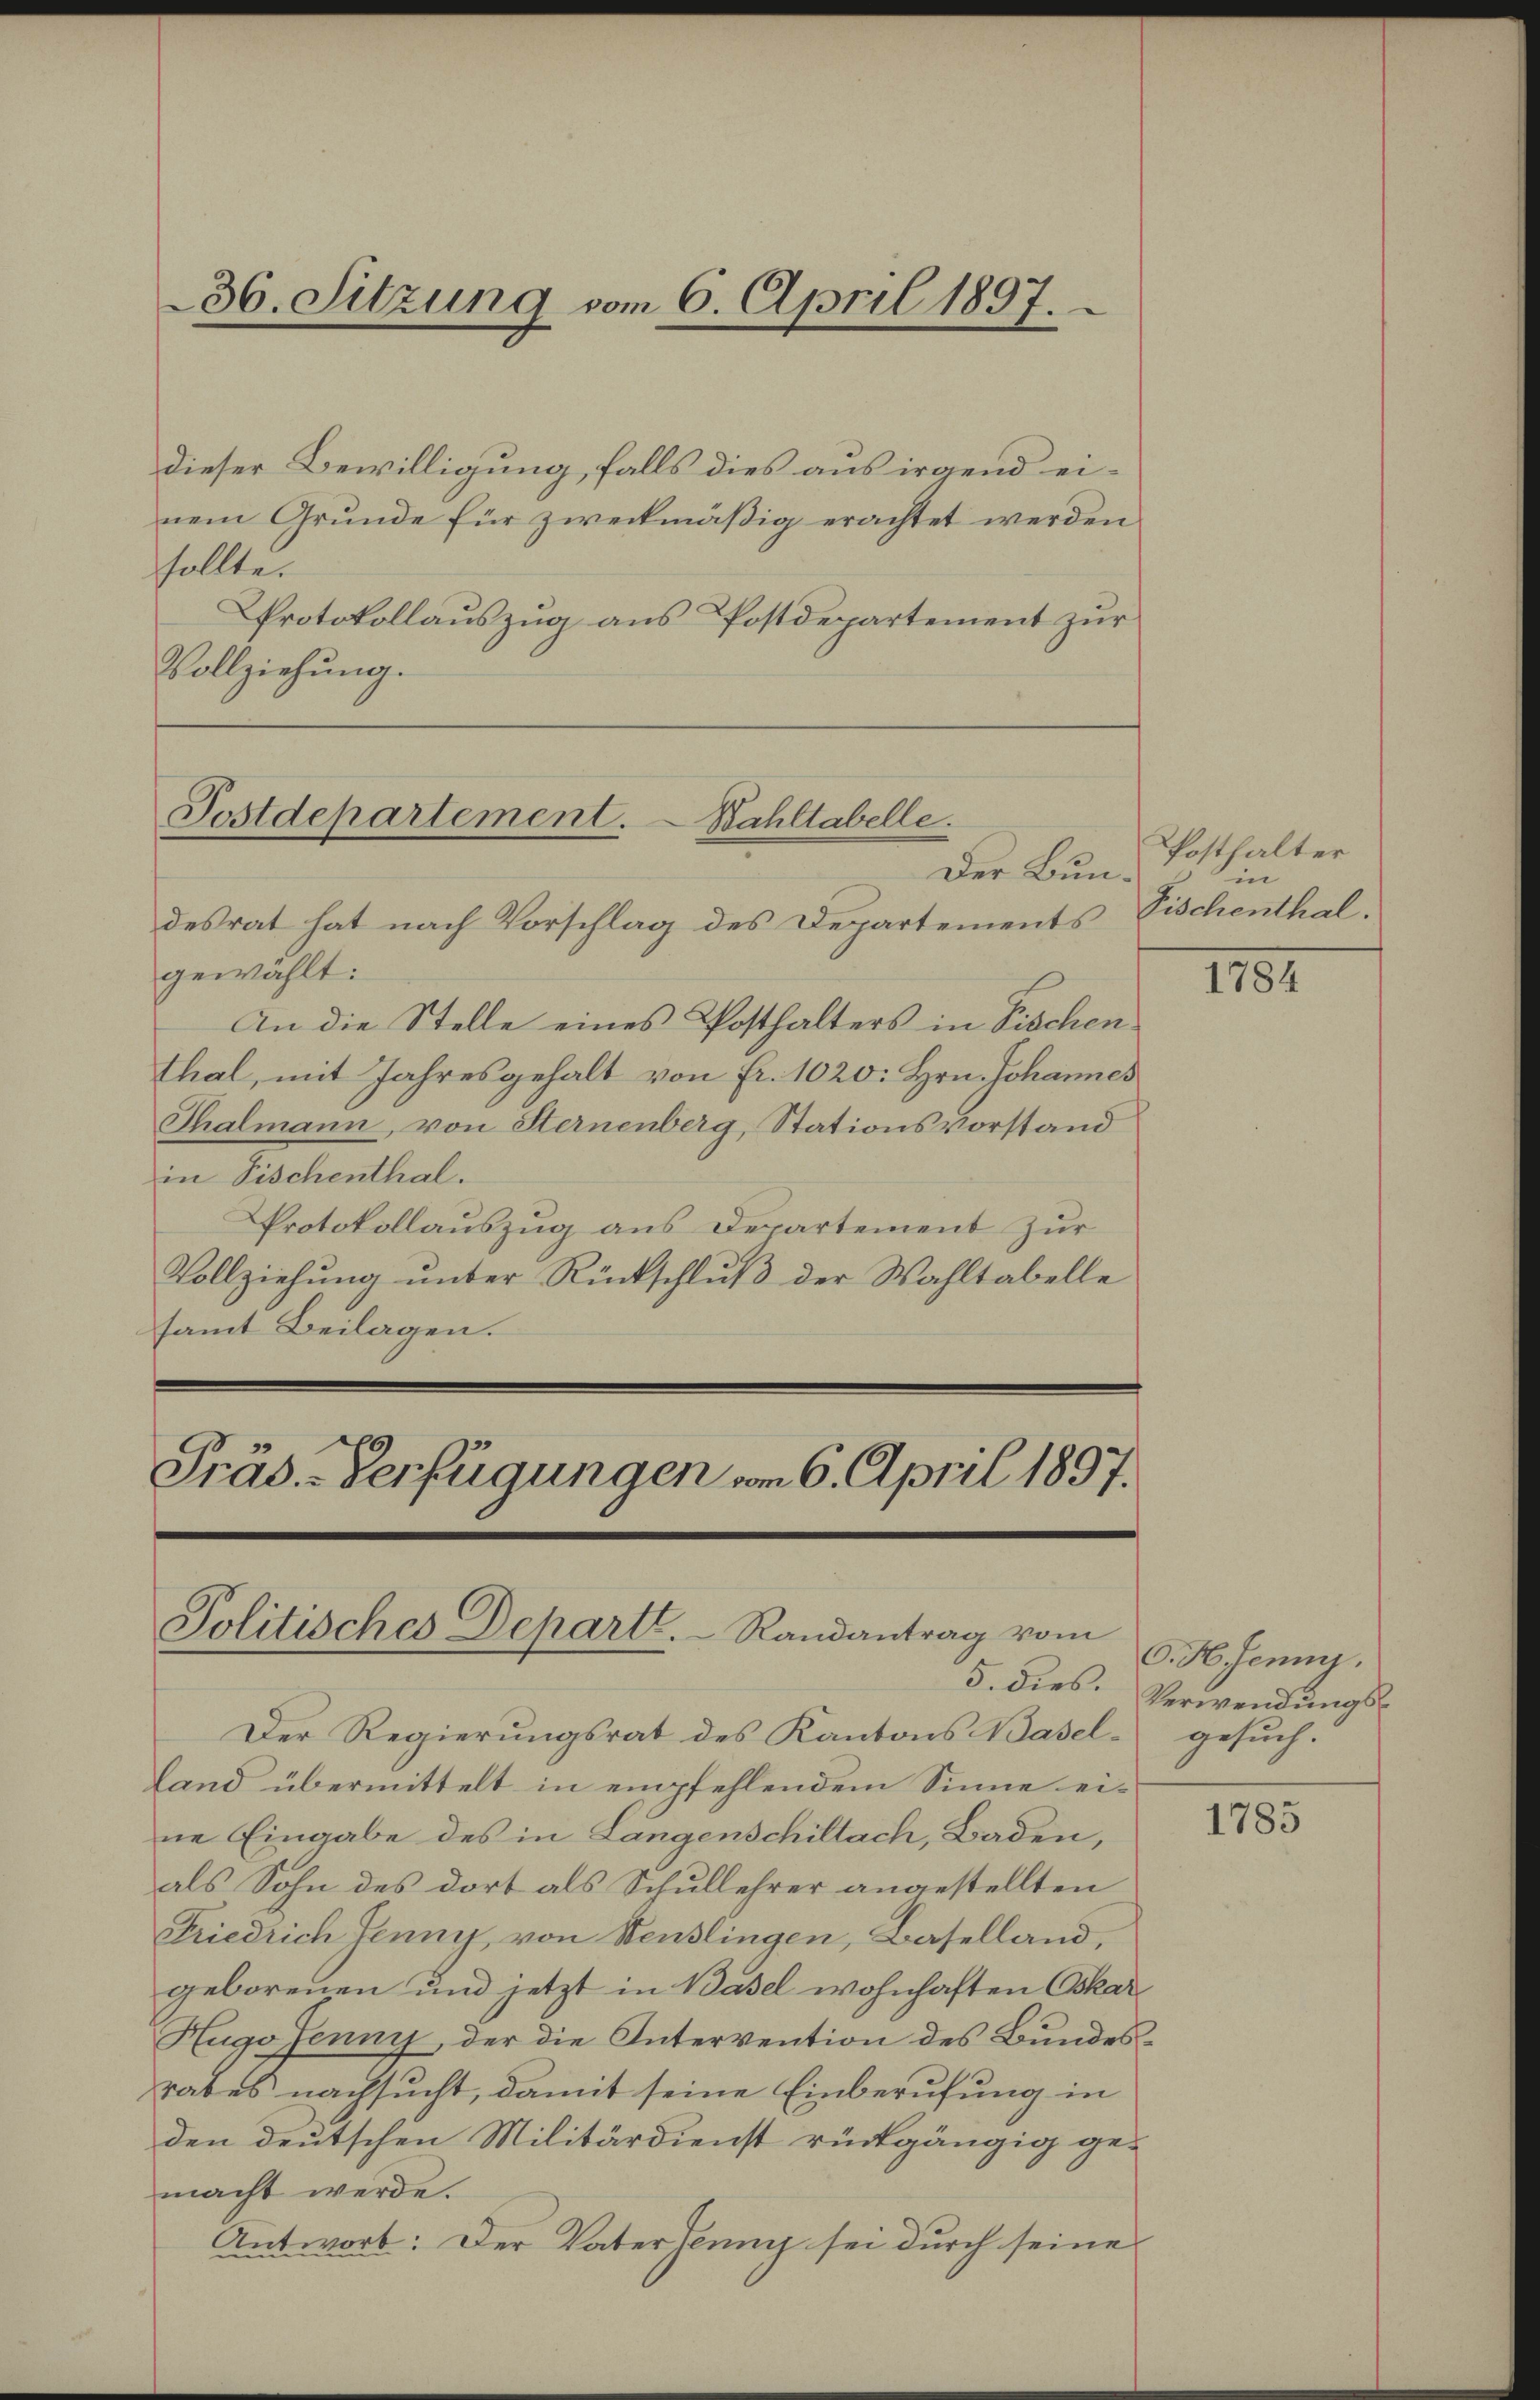
36. Sitzung vom 6. April 1897.

dieser Bewilligung falls dies aus irgend einem Grunde für zweckmäßig erachtet werden
sollte.
Protokollauszug aus Postdepartement zur
Vollziehung.

Postdepartement.
Bahltabelle.
Der Bun¬

Politisches Departe.   Randantrag vom

desrat hat nach Vorschlag des Departements Fischenthal.
gewählt:
An die Stelle eines Posthalters in Fischen.
Thal, mit Jahresgehalt von fr. 1020. Hrn. Johannes
Thalmann, von Sternenberg, Stationsvorstand
in Fischenthal.
Protokollauszug aus Departement zur
Vollziehŭng ŭnter Rückschlŭβ der Wahltabelle
samt Beilagen.
Präs. Verfügungen vom 6. April 1897.

5. dies.

Posthalter
in

Der Regierungsrat des Kantons Basel gesuch.
Land übermittelt in empfehlendem Sinne eine Eingabe des in Längenschillach, Baden,
als Sohn des dort als Schullehrer angestellten
Friedrich Jenny, von Neuzlingen, Baselland,
geborenen und jetzt in Basel wohnhaften Oskar
Hugo Jenny, der die Intervention des Bundesrabes nachsucht, damit seine Einberufung in
den deutschen Militärdienst rückgängig gemacht werde.
Antwort: Der Vater Tenny sei durch seine

1184

C. H. Jenny.
Verwendungs¬

1785